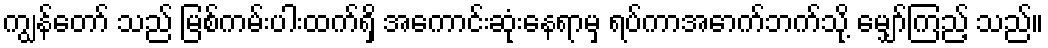
ကျွန်တော် သည် မြစ်ကမ်းပါးထက်ရှိ အကောင်းဆုံးနေရာမှ ရပ်ကာအောက်ဘက်သို့ မျှော်ကြည့် သည်။